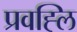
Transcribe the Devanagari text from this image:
प्रवह्लि